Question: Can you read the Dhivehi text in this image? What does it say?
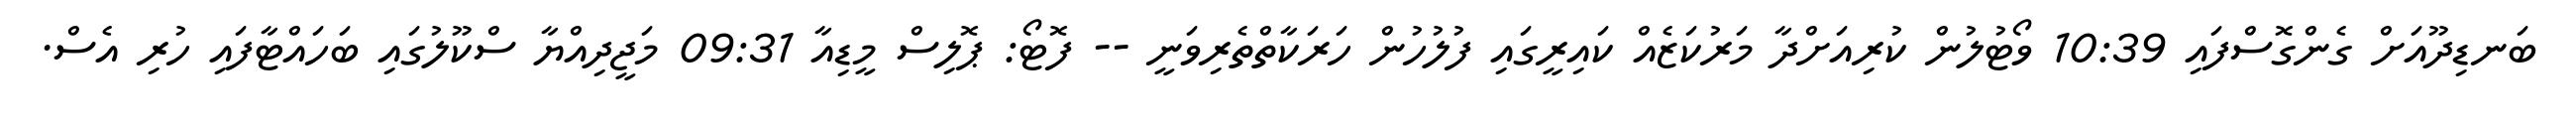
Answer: ބަނޑިދޫއަށް ގެންގޮސްފައި 10:39 ވޯޓުލުން ކުރިއަށްދާ މަރުކަޒެއް ކައިރީގައި ފުލުހުން ހަރަކާތްތެރިވަނީ -- ފޮޓޯ: ޕޮލިސް މީޑިއާ 09:31 މަޖީދިއްޔާ ސްކޫލުގައި ބަހައްޓާފައި ހުރި އެސް.